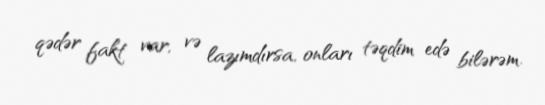
qədər fakt var, və lazımdırsa, onları təqdim edə bilərəm.